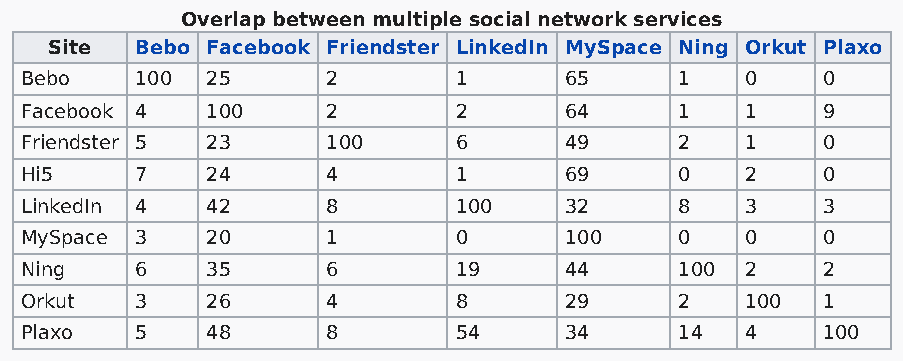
Overlap between multiple social network services
 Site  Bebo Facebook Friendster LinkedIn MySpace Ning Orkut Plaxo
 Bebo    100  25      2       1      65      1   0    0
 Facebook 4   100     2       2      64      1   1    9
 Friendster 5 23      100     6      49      2   1    0
 Hi5     7    24      4       1      69      0   2    0
 LinkedIn 4   42      8       100    32      8   3    3
 MySpace 3    20      1       0      100     0   0    0
 Ning    6    35      6       19     44      100 2    2
 Orkut   3    26      4       8      29      2   100  1
 Plaxo   5    48      8       54     34      14  4    100